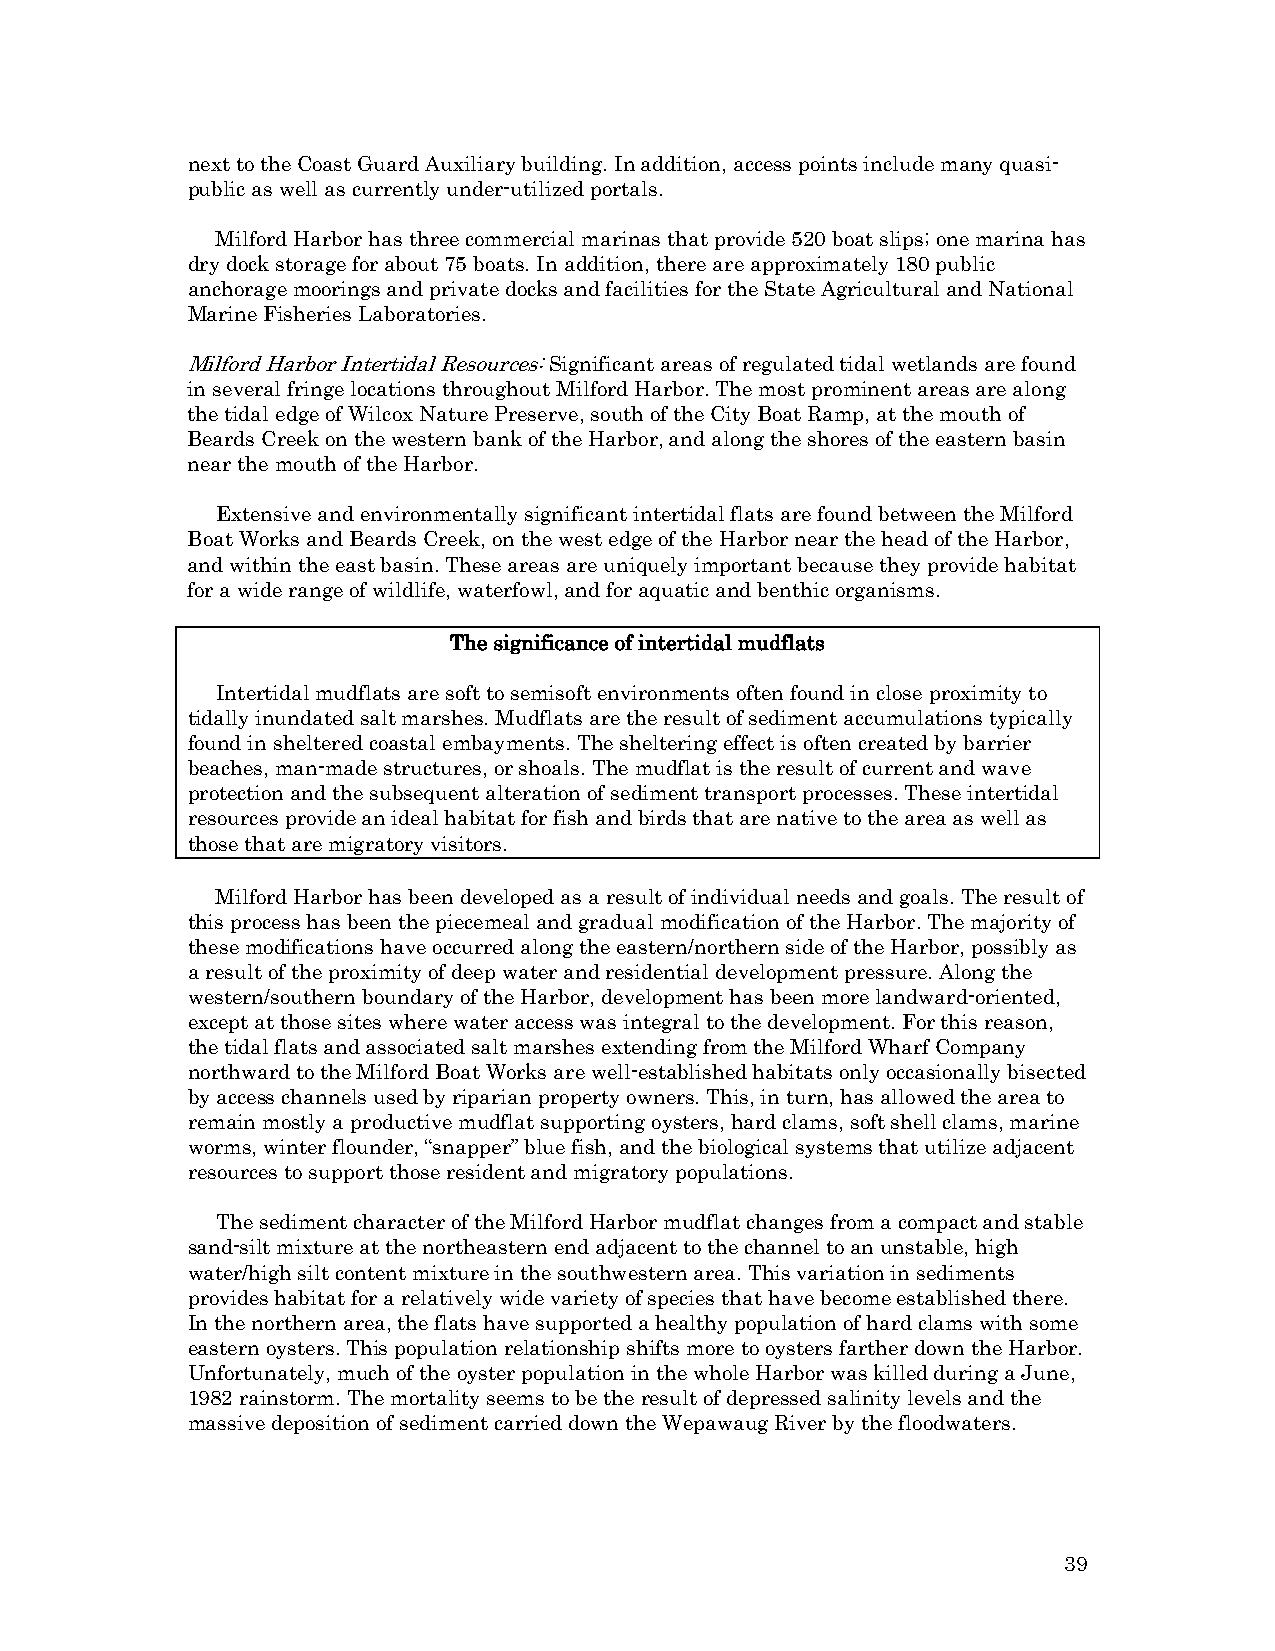
next to the Coast Guard Auxiliary building. In addition, access points include many quasi-
 public as well as currently under-utilized portals.
 Milford Harbor has three commercial marinas that provide 520 boat slips; one marina has
 dry dock storage for about 75 boats. In addition, there are approximately 180 public
 anchorage moorings and private docks and facilities for the State Agricultural and National
 Marine Fisheries Laboratories.
 Milford Harbor Intertidal Resources: Significant areas of regulated tidal wetlands are found
 in several fringe locations throughout Milford Harbor. The most prominent areas are along
 the tidal edge of Wilcox Nature Preserve, south of the City Boat Ramp, at the mouth of
 Beards Creek on the western bank of the Harbor, and along the shores of the eastern basin
 near the mouth of the Harbor.
 Extensive and environmentally significant intertidal flats are found between the Milford
 Boat Works and Beards Creek, on the west edge of the Harbor near the head of the Harbor,
 and within the east basin. These areas are uniquely important because they provide habitat
 for a wide range of wildlife, waterfowl, and for aquatic and benthic organisms.
 The significance of intertidal mudflats
 Intertidal mudflats are soft to semisoft environments often found in close proximity to
 tidally inundated salt marshes. Mudflats are the result of sediment accumulations typically
 found in sheltered coastal embayments. The sheltering effect is often created by barrier
 beaches, man-made structures, or shoals. The mudflat is the result of current and wave
 protection and the subsequent alteration of sediment transport processes. These intertidal
 resources provide an ideal habitat for fish and birds that are native to the area as well as
 those that are migratory visitors.
 Milford Harbor has been developed as a result of individual needs and goals. The result of
 this process has been the piecemeal and gradual modification of the Harbor. The majority of
 these modifications have occurred along the eastern/northern side of the Harbor, possibly as
 a result of the proximity of deep water and residential development pressure. Along the
 western/southern boundary of the Harbor, development has been more landward-oriented,
 except at those sites where water access was integral to the development. For this reason,
 the tidal flats and associated salt marshes extending from the Milford Wharf Company
 northward to the Milford Boat Works are well-established habitats only occasionally bisected
 by access channels used by riparian property owners. This, in turn, has allowed the area to
 remain mostly a productive mudflat supporting oysters, hard clams, soft shell clams, marine
 worms, winter flounder, “snapper” blue fish, and the biological systems that utilize adjacent
 resources to support those resident and migratory populations.
 The sediment character of the Milford Harbor mudflat changes from a compact and stable
 sand-silt mixture at the northeastern end adjacent to the channel to an unstable, high
 water/high silt content mixture in the southwestern area. This variation in sediments
 provides habitat for a relatively wide variety of species that have become established there.
 In the northern area, the flats have supported a healthy population of hard clams with some
 eastern oysters. This population relationship shifts more to oysters farther down the Harbor.
 Unfortunately, much of the oyster population in the whole Harbor was killed during a June,
 1982 rainstorm. The mortality seems to be the result of depressed salinity levels and the
 massive deposition of sediment carried down the Wepawaug River by the floodwaters.
 39